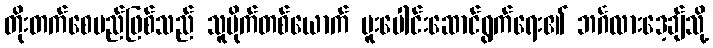
တိုးတက်စေမည်ဖြစ်သည် သူမိုက်တစ်ယောက် ပူးပေါင်းဆောင်ရွက်ရေး၏ ဘင်္ဂလားဒေ့ချ်သို့